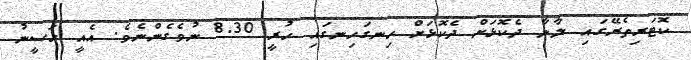
ކޮޓަރިތެރޭގައި ލާނާ ދެކޮޅަށް ދެކޮޅަށް ހިނގަހިނގައި ހުރީ 8.30 ނުވެގެންނެވެ. އެއީ ހަސީނު